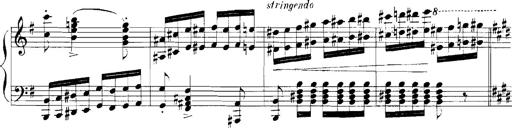
Title: Rhapsodies hongroises
Composer: Franz Liszt